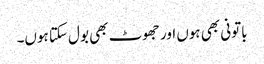
باتونی بھی ہوں اور جھوٹ بھی بول سکتا ہوں۔